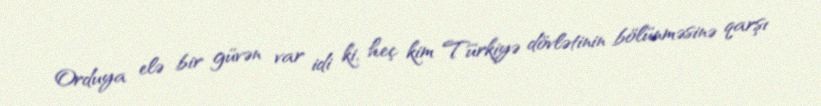
Orduya elə bir güvən var idi ki, heç kim Türkiyə dövlətinin bölünməsinə qarşı